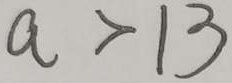
a > 1 3